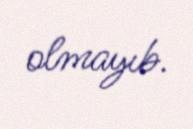
olmayıb.